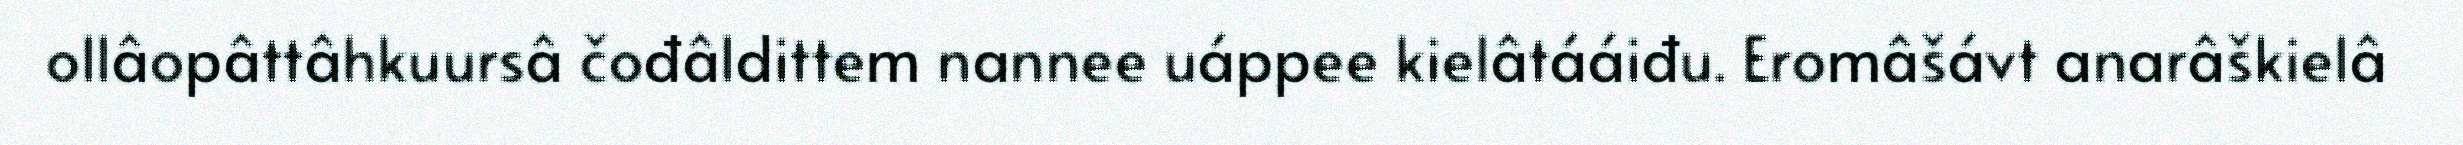
ollâopâttâhkuursâ čođâldittem nannee uáppee kielâtááiđu. Eromâšávt anarâškielâ